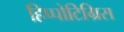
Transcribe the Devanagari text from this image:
हिप्पोटिग्रिस